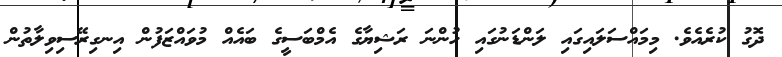
ދޮގު ކުރެއެވެ. މިމައްސަލައިގައި ލަންޑަނުގައި ހުންނަ ރަޝިޔާގެ އެމްބަސީގެ ބައެއް މުވައްޒަފުން އިނގިރޭސިވިލާތުން